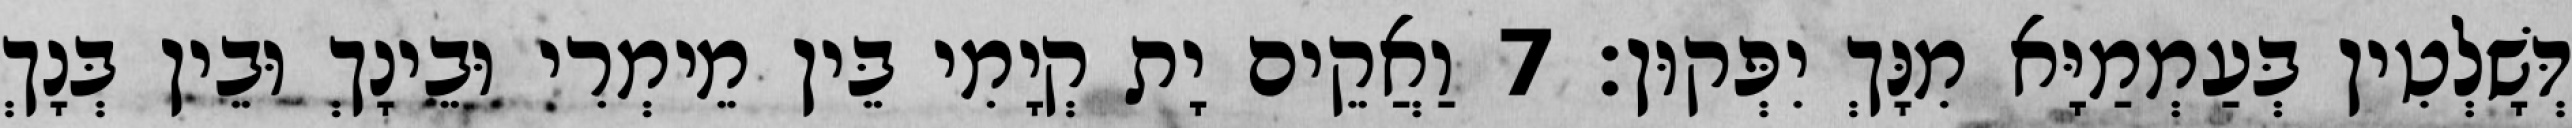
דְּשָׁלְטִין בְּעַמְמַיָּא מִנָּךְ יִפְּקוּן׃ 7 וַאֲקֵים יָת קְיָמִי בֵּין מֵימְרִי וּבֵינָךְ וּבֵין בְּנָךְ